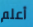
أعلم